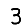
Digit: 3